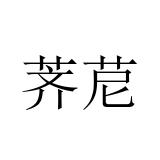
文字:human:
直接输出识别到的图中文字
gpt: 荠苨